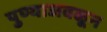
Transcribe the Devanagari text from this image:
पुण्याजवळून